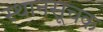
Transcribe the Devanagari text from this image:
स्थानसूचक